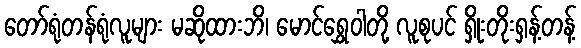
တော်ရုံတန်ရုံလူများ မဆိုထားဘိ၊ မောင်ရွှေဝါတို့ လူစုပင် ရှိုးတိုးရှန့်တန့်